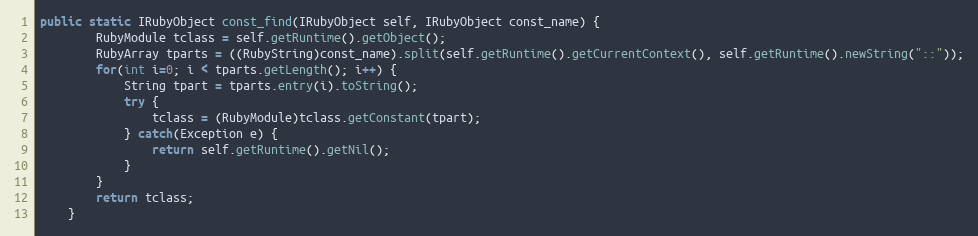
Language: Java
public static IRubyObject const_find(IRubyObject self, IRubyObject const_name) {
        RubyModule tclass = self.getRuntime().getObject();
        RubyArray tparts = ((RubyString)const_name).split(self.getRuntime().getCurrentContext(), self.getRuntime().newString("::"));
        for(int i=0; i < tparts.getLength(); i++) {
            String tpart = tparts.entry(i).toString();
            try {
                tclass = (RubyModule)tclass.getConstant(tpart);
            } catch(Exception e) {
                return self.getRuntime().getNil();
            }
        }
        return tclass;
    }